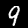
Label: 9